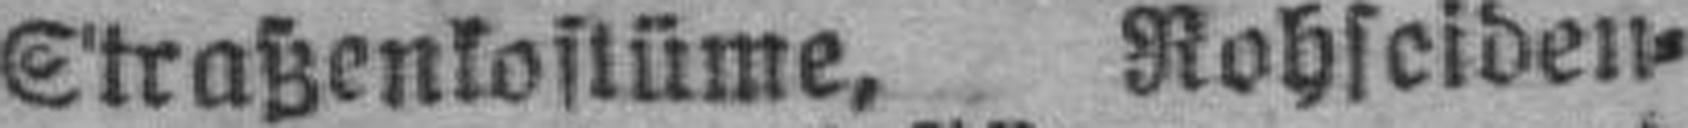
Straßenkostüme, Rohseiden=